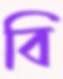
বি